Annual returns of the Patna Lunatic Asylum at Bankipore in Bihar and Orissa - 1912-1924
Year: 1912
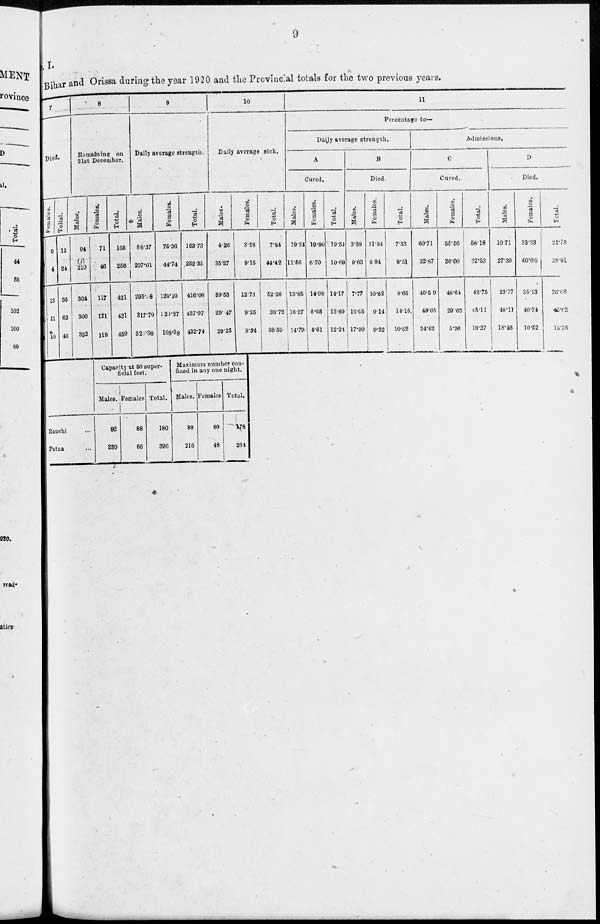
9
I.
Bihar and Orissa during the year 1920 and the Provincial totals for the two previous years.
7
Died.
Females.
9
4
13
11
10
Total.
12
24
36
62
46
8
Remaining on
31st December.
Males.
94
(j)
210
304
300
332
Females.
71
46
117
121
118
Total.
165
256
421
421
450
9
Daily average strength.
Males.
88.37
207.61
295.98
317.70
320.36
Females.
75.36
44.74
120.10
120.27
108.38
Total.
163.73
252.35
416.08
437.97
432.74
10
Daily average sick.
Males.
4.26
35.27
39.63
29.47
29.25
Females.
3.53
9.15
12.73
9.25
9.34
Total.
7.84
44.42
52.26
38.72
38.59
11
Percentage to—
Daily average strength.
A
Cured.
Males.
19.24
11.56
13.85
16.37
14.70
Females.
19.90
6.70
14.98
6.65
4.61
Total.
19.54
10.69
14.17
13.69
12.24
B
Died.
Males.
3.39
9.63
7.77
16.05
17.09
Females.
11.94
8.91
10.82
9.14
9.22
Total.
7.33
9.51
8.65
14.15
10.62
Admissions.
C
Cured.
Males.
60.71
32.87
40.59
49.05
24.62
Females.
55.56
30.00
48.64
29.63
5.26
Total.
58.18
32.63
42.75
45.11
18.27
D
Died.
Males.
10.71
27.30
22.77
48.11
18.46
Females.
33.33
40.00
35.13
40.74
10.52
Total.
21.78
28.91
26.08
46.62
15.38
Ranchi ...
Patna ...
Capacity at 50 super¬
ficial feet.
Males.
92
330
Females
88
66
Total.
180
396
Maximum number con-
fined in any one night.
Males.
98
216
Females
80
48
Total.
178
264